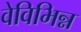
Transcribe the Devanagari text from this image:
वेविभिन्न